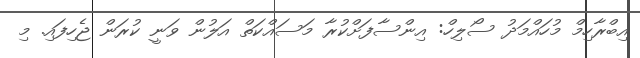
އިބްރާހިމް މުހައްމަދު ސޯލިހް: އިންސާފަށްކުރާ މަސައްކަތް އަލުން ވަނީ ކުރަން ޖެހިފައި. މި